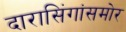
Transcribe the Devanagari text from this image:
दारासिंगांसमोर